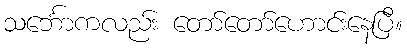
သင်္ဘောကလည်း တော်တော်ဟောင်းနေပြီ။